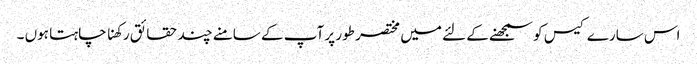
اس سارے کیس کو سمجھنے کے لئے میں مختصر طور پر آپ کے سامنے چند حقائق رکھنا چاہتا ہوں ۔